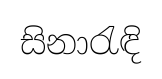
සිනාරැඳි